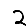
Digit: 2